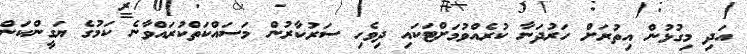
އަދި މިގުޅުން އިތުރަށް ހަރުދަނާ ކުރެއްވުމަށްޓަކައި ދިވެހި ސަރުކާރުން މަސައްކަތްކުރައްވާނެ ކަމުގެ ޔަގީންކަން